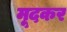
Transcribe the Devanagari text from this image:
मूदकर